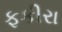
ફકીરા